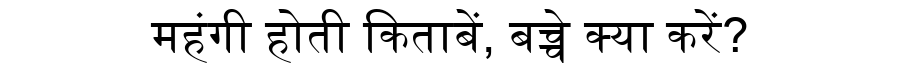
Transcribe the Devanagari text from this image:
महंगी होती किताबें, बच्चे क्या करें?